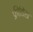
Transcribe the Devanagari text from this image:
फ्रीर्डिख़